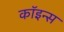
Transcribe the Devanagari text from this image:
कॉइन्स